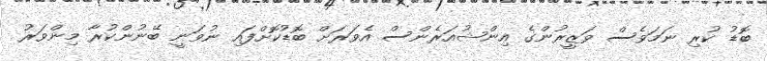
ބޮޑު ކުރި ނަމަވެސް ވަޒީރުންގެ އިންޝުއަރެންސް އެވަރަށް ބޮޑުކޮށްފައި ނުވަނީ ބޭނުންކުރާ މިންވަރު